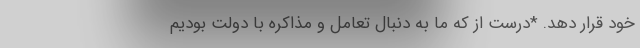
خود قرار دهد. *درست از که ما به دنبال تعامل و مذاکره با دولت بودیم